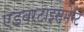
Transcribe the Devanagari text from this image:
एडवरटाइसमेन्ट